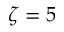
\zeta = 5